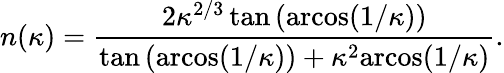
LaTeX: n(\kappa)=\frac{2\kappa^{2/3}\tan\left(\textrm{arcos}(1/\kappa)\right)}{\tan\left(\textrm{arcos}(1/\kappa)\right)+\kappa^{2}\textrm{arcos}(1/\kappa)}.